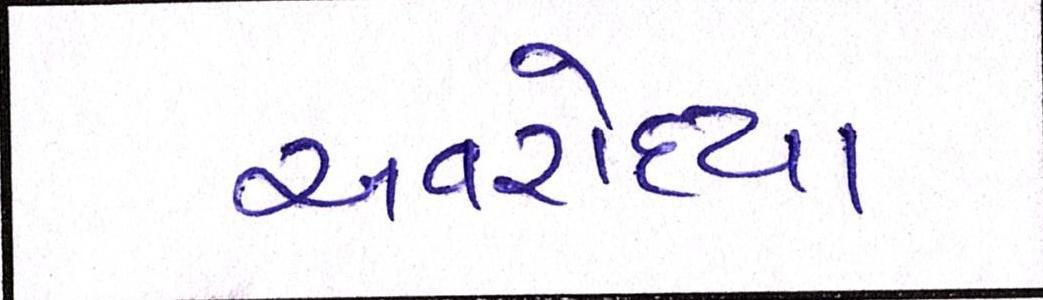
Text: અવરોધ્યા